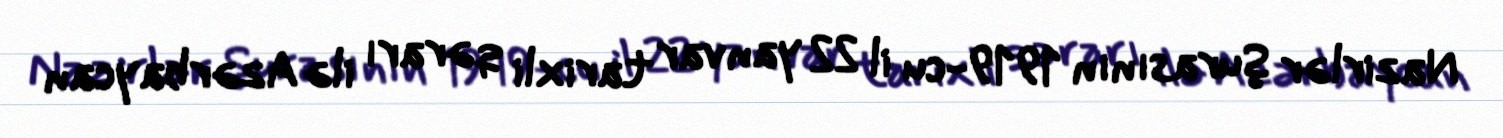
Nazirlər Şurasının 1919-cu il 22 yanvar tarixli qərarı ilə Azərbaycan